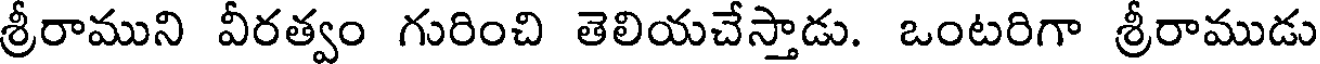
శ్రీరాముని వీరత్వం గురించి తెలియచేస్తాడు. ఒంటరిగా శ్రీరాముడు